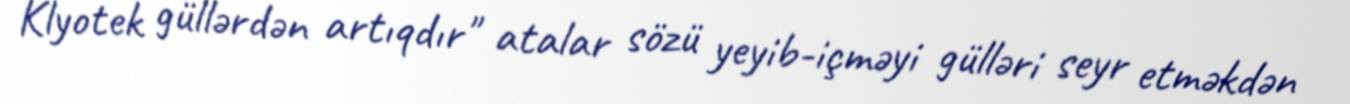
Klyotek güllərdən artıqdır" atalar sözü yeyib-içməyi gülləri seyr etməkdən